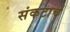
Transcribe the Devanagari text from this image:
संकटाचें